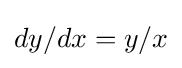
dy/dx=y/x